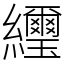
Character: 䌳